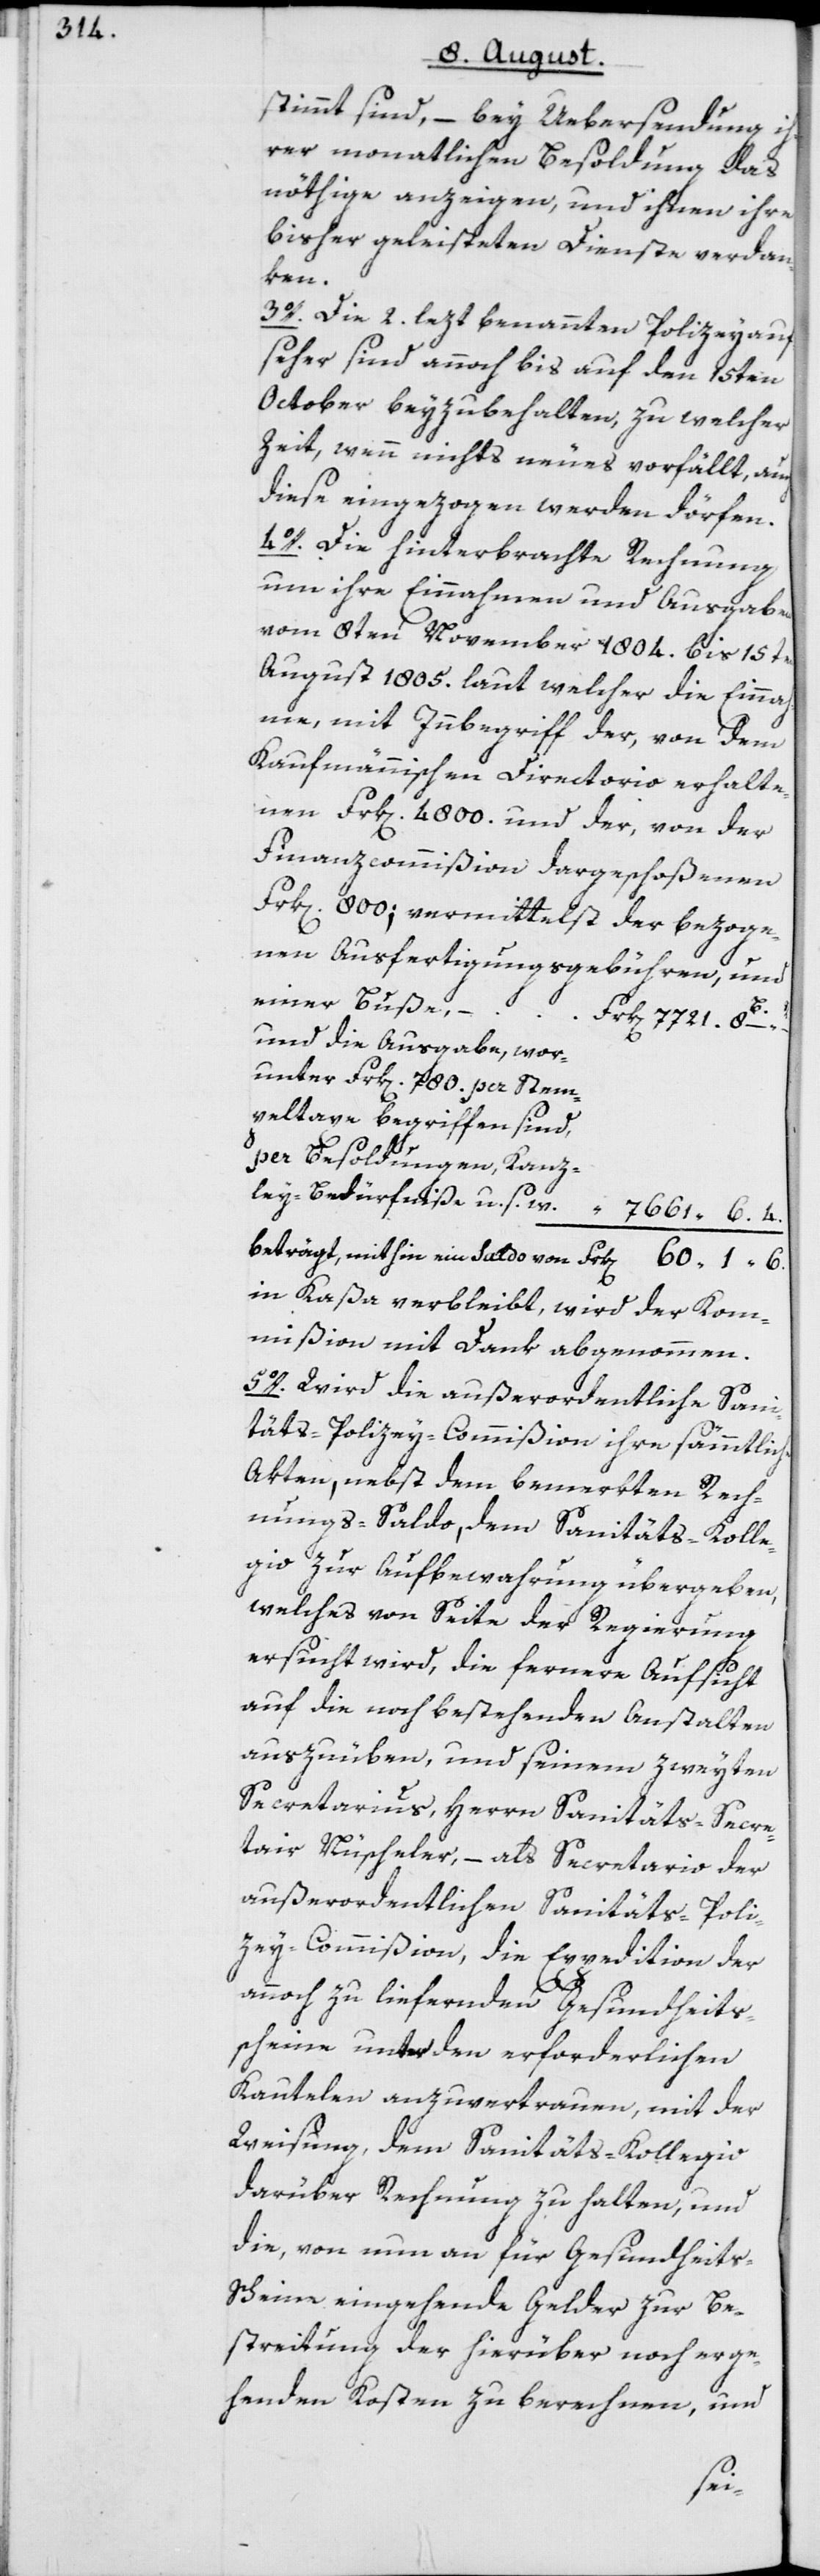
stimmt sind, – bey Uebersendung i¬
hrer monatlichen Besoldung das
nöthige anzeigen, und ihnen ihre
bisher geleisteten Dienste verdan¬
ken.
3o. Die 2. lezt benannten Polizeyauf¬
seher sind annoch bis auf den 15ten
October beyzubehalten, zu welcher
Zeit, wenn nichts neues vorfällt, auch
diese eingezogen werden dörfen.
4o. Die hinterbrachte Rechnung
um ihre Einnahmen und Ausgaben
vom 8ten November 1804. bis 15ten
August 1805. laut welcher die Einnah¬
me, mit Innbegriff der, von dem
Kaufmännischen Directorio erhalte¬
nen Frk[en]. 4800. und der, von der
Finanzcommißion dargeschoßenen
Frk[en]. 800; vermittelst der bezoge¬
nen Ausfertigungsgebühren, und
einer Buße, –
B.
–
und die Ausgabe, wor¬
peltaxe begriffen sind,
per Besoldungen, Kanz¬
ley-Bedürfniße u. s.
“
7661. 6. “
beträgt, mithin ein Saldo von Frk[en]. 60. 1. “ 6.
in Kaßa verbleibt, wird der Kom¬
mißion mit Dank abgenommen.
5o. Wird die außerordentliche Sani¬
täts-Polizey-Commißion ihre sämmtliche
Akten, nebst dem bemerkten Rech¬
nungs-Saldo, dem Sanitäts-Kolle¬
gio zur Aufbewahrung übergeben,
welches von Seite der Regierung
ersucht wird, die fernere Aufsicht
auf die noch bestehenden Anstalten
auszuüben, und seinem zweyten
Secretarius, Herrn Sanitäts-Secre¬
tair Nüscheler, – als Secretario der
außerordentlichen Sanitäts-Poli¬
zey-Commißion, die Expedition der
4.
annoch zu liefernden Gesundheits¬
scheine unter den erforderlichen
Kautelen anzuvertrauen, mit der
Weisung, dem Sanitäts-Kollegio
darüber Rechnung zu halten, und
die, von nun an für Gesundheit¬
s-Scheine eingehende Gelder zur Be¬
streitung der hierüber noch erge¬
henden Kosten zu berechnen, und
Stem¬